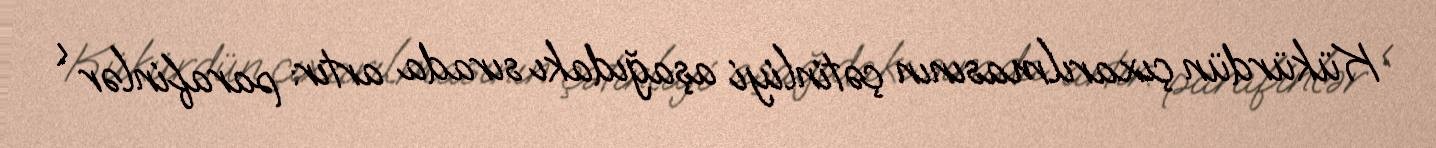
Kükürdün çıxarılmasının çətinliyi aşağıdakı sırada artır: parafinlər <